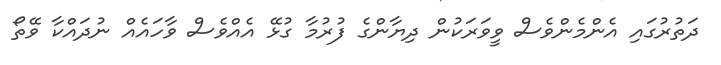
ދަތުރުގައި އެންމެންވެސް ވީވަރަކުން ދިޔާންގެ ފުރުމާ ގުޅޭ އެއްވެސް ވާހަައެއް ނުދައްކާ ވޭތޯ